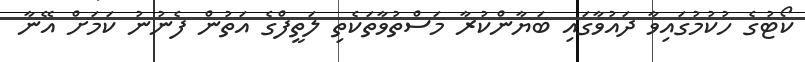
ކޯޓުގެ ހުކުމުގައިވާ ދައުވާގައި ބަޔާންކުރާ މަސްތުވާތަކެތި ލަތީފްގެ އަތުން ފެނުނު ކަމަށް އޭނާ